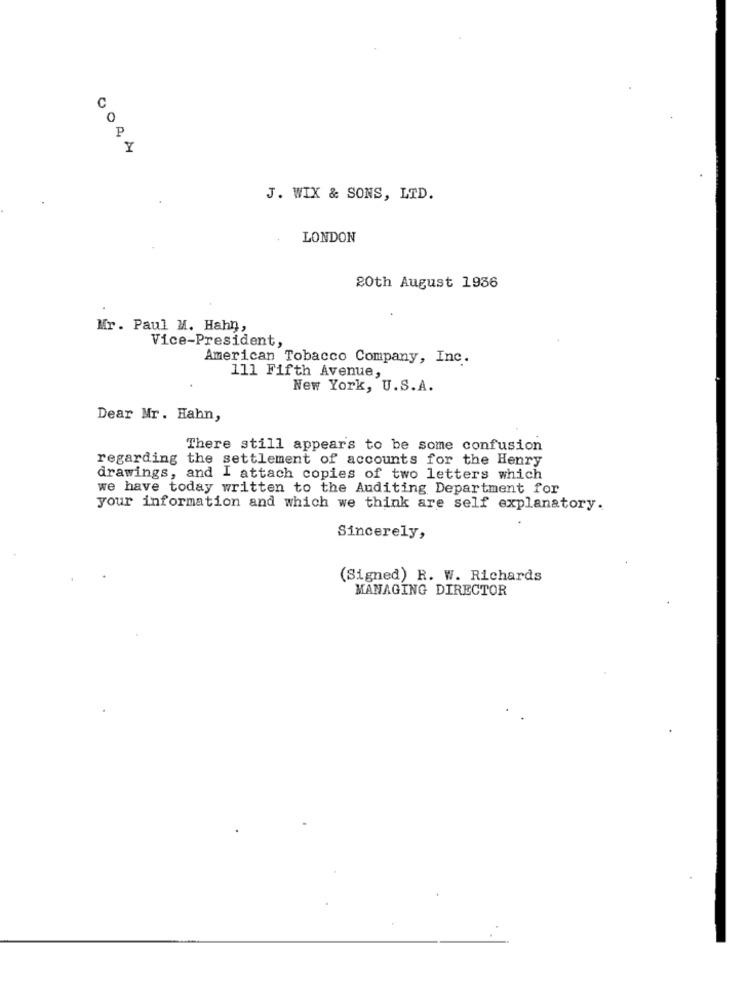
GORA
J. WIX & SONS, LTD.
LONDON
20th August 1936
Mr. Paul M. Hahn,
Vice-President,
American Tobacco Company, Inc.
111 Fifth Avenue,
New York, U.S. A.
Dear Mr. Hahn,
There still appears to be some confusion
regarding the settlement of accounts for the Henry
drawings, and I attach copies of two letters which
we have today written to the Auditing Department for
your information and which we think are self explanatory.
Sincerely,
(Signed) R. W. Richards
MANAGING DIRECTOR